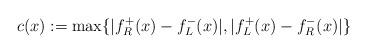
LaTeX: \begin{align*}c(x):=\max\{\vert f_R^{+}(x)-f_L^{-}(x)\vert,\vert f_L^{+}(x)-f_R^{-}(x)\vert\}\end{align*}